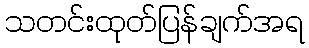
သတင်းထုတ်ပြန်ချက်အရ